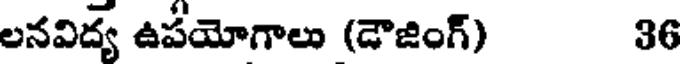
లనవిద్య ఉపయోగాలు (డౌజింగ్) 36